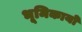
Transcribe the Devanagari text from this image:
भूमिकायो